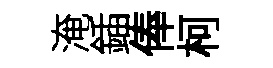
淹鍤俸柯